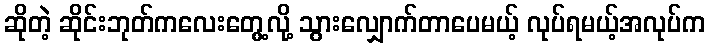
ဆိုတဲ့ ဆိုင်းဘုတ်ကလေးတွေ့လို့ သွားလျှောက်တာပေမယ့် လုပ်ရမယ့်အလုပ်က